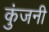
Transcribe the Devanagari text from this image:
कुंजनी